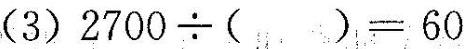
(3)$$2700÷( )=60$$